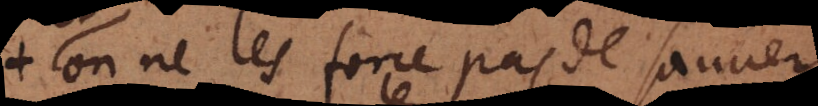
on ne les force pas de se